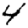
Digit: 4